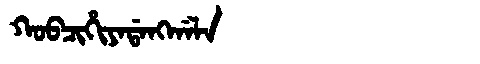
Manchu: ᡴᠣᠪᠴᡳᡥᡳᠶᠠᡩᠠᠩᡤᠠᠯᠠ
Romanization: KOBCIHIYADANGGALA